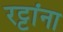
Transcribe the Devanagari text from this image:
रट्टांना